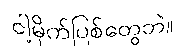
ငါ့မိုက်ပြစ်တွေဘဲ။